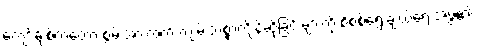
ကျော်ချစ်ကတော့ စွမ်းအားထက် ကျမ်းသစ္စာကျိန်ဆိုခြင်းများကို စိစစ်ရွေးချယ်ရေးအဖွဲ့၏